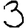
Digit: 3